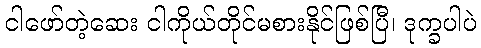
ငါဖော်တဲ့ဆေး ငါကိုယ်တိုင်မစားနိုင်ဖြစ်ပြီ၊ ဒုက္ခပါပဲ